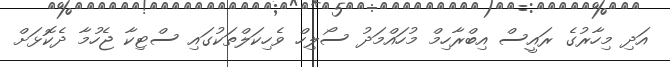
އަދި މިހާރުގެ ރައީސް އިބްރާހިމް މުހައްމަދު ސޯލިހް ވެހިކަލްތަކުގައި ސްޓިކާ ޖެހުމާ ދެކޮޅަށް